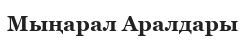
Мыңарал Аралдары